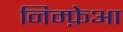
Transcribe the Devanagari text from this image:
निम्फ़ेआ